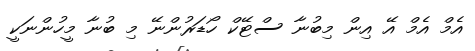
އެމް އެމް އޭ އިން މިބުނާ ސްޓޭކް ހޯޑަރުންނޭ މި ބުނާ މީހުންނަކީ